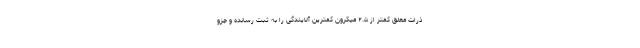
ذرات معلق کمتر از ۲.۵ میکرون کمترین آلایندگی را به ثبت رسانده و جزو